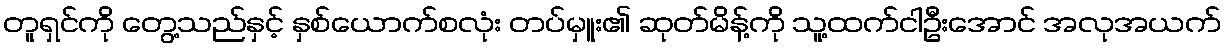
တူရှင်ကို တွေ့သည်နှင့် နှစ်ယောက်စလုံး တပ်မှူး၏ ဆုတ်မိန့်ကို သူ့ထက်ငါဦးအောင် အလုအယက်